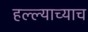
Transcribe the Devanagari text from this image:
हल्ल्याच्याच